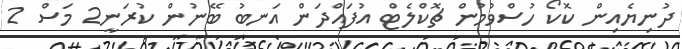
ދުނިޔެއިން ކޮކޯ ހުސްވުމުން ޗޮކްލެޓް އުފައްދަން އަނބު ބޭނުން ކުރަނީ2 މަސް 2